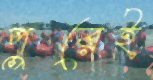
পুরেই